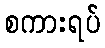
စကားရပ်